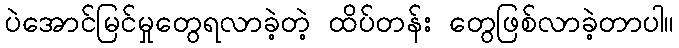
ပဲအောင်မြင်မှုတွေရလာခဲ့တဲ့ ထိပ်တန်း တွေဖြစ်လာခဲ့တာပါ။